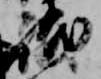
祗